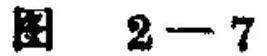
图 2 - 7